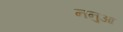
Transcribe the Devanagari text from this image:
ननुआ